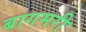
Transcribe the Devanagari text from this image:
बागमरी